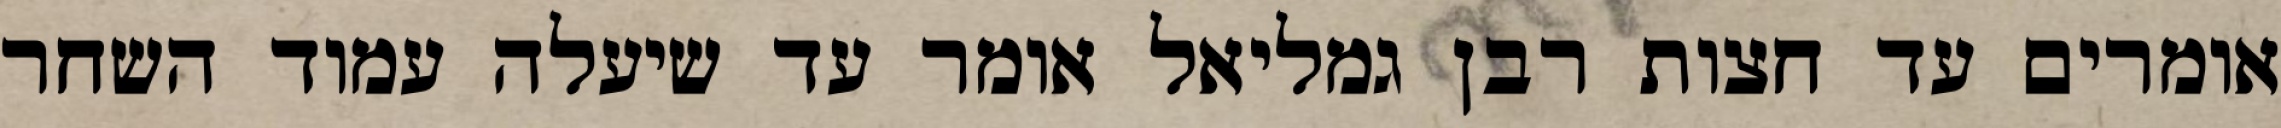
אומרים עד חצות רבן גמליאל אומר עד שיעלה עמוד השחר